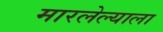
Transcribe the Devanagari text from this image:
मारलेल्‍याला